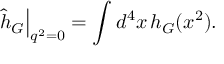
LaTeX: \left. \hat { h } _ { G } \right| _ { q ^ { 2 } = 0 } = \int d ^ { 4 } x \, h _ { G } ( x ^ { 2 } ) .